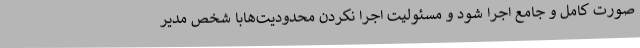
صورت کامل و جامع اجرا شود و مسئولیت اجرا نکردن محدودیت‌هابا شخص مدیر